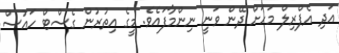
އަދި އެޕްރިލް މަހަށް ދޭން ވަނީ ނިންމާފައެވެ. މީގެ އިތުރުން ގެސްޓް ހައުސް